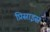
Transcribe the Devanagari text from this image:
प्रिसाइस